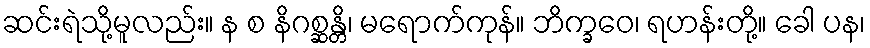
ဆင်းရဲသို့မူလည်း။ န စ နိဂစ္ဆန္တိ၊ မရောက်ကုန်။ ဘိက္ခဝေ၊ ရဟန်းတို့။ ခေါ ပန၊